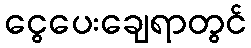
ငွေပေးချေရာတွင်